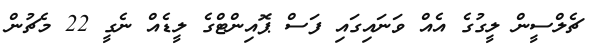
ޗެލްސީން ލީގުގެ އެއް ވަނައިގައި ފަސް ޕޮއިންޓްގެ ލީޑެއް ނެގީ 22 މެޗުން